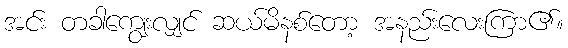
အင်း တခါကျွေးလျှင် ဆယ်မိနစ်တော့ အနည်းလေးကြာ၏။